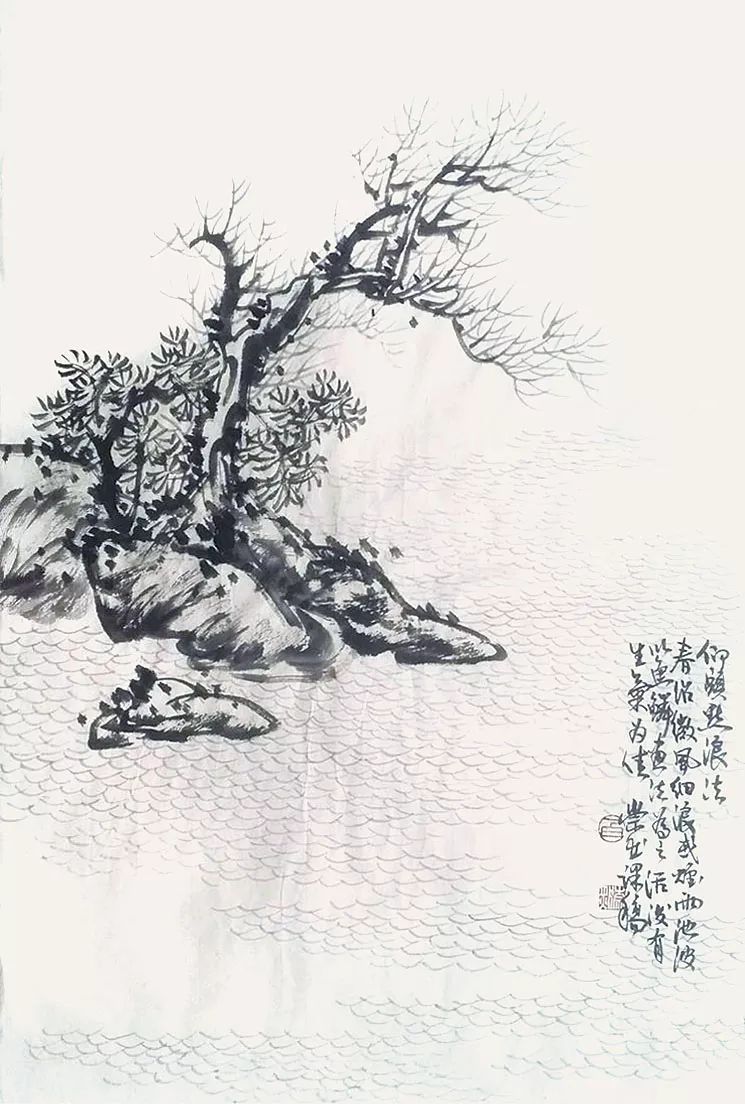
仁人之事者，必务求兴天下之利，除天下之害。